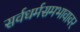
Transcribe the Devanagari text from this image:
सर्वधर्मसमभावावर